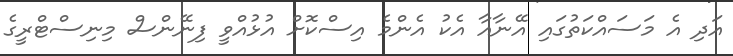
އަދި އެ މަސައްކަތުގައި އޭނާއާ އެކު އެންމެ އިސްކޮށް އުޅުއްވީ ފިނޭންސް މިނިސްޓްރީގެ